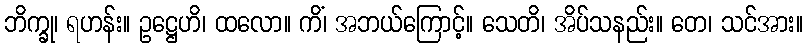
ဘိက္ခု၊ ရဟန်း။ ဥဋ္ဌေဟိ၊ ထလော။ ကိံ၊ အဘယ်ကြောင့်။ သေတိ၊ အိပ်သနည်း။ တေ၊ သင်အား။